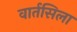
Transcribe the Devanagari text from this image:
वार्तसिला